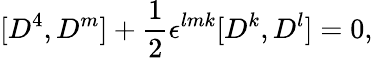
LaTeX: [D^{4},D^{m}]+{\frac{1}{2}}\epsilon^{lmk}[D^{k},D^{l}]=0,